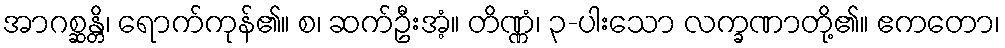
အာဂစ္ဆန္တိ၊ ရောက်ကုန်၏။ စ၊ ဆက်ဦးအံ့။ တိဏ္ဏံ၊ ၃-ပါးသော လက္ခဏာတို့၏။ ဧကတော၊